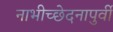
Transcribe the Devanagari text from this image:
नाभीच्छेदनापुर्वी